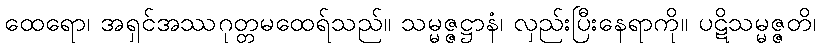
ထေရော၊ အရှင်အဿဂုတ္တမထေရ်သည်။ သမ္မဇ္ဇဋ္ဌာနံ၊ လှည်းပြီးနေရာကို။ ပဋိသမ္မဇ္ဇတိ၊